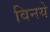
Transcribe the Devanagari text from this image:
विनये